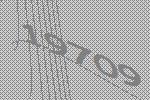
19709